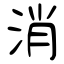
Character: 消